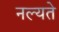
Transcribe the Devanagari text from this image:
नल्यते